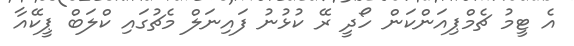
އެ ޓީމު ޗެމްޕިއަންކަން ހޯދީ ރޭ ކުޅުނު ފައިނަލް މެޗުގައި ކްލަބް ޕީކޭއާ